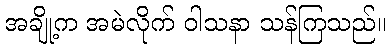
အချို့က အမဲလိုက် ဝါသနာ သန်ကြသည်။